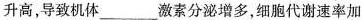
升高，导致机体___激素分泌增多，细胞代谢速率加